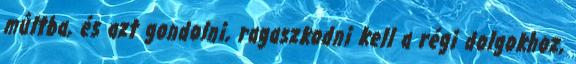
múltba, és azt gondolni, ragaszkodni kell a régi dolgokhoz,